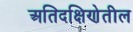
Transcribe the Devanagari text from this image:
अतिदक्षिणेतील